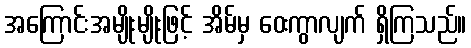
အကြောင်းအမျိုးမျိုးဖြင့် အိမ်မှ ဝေးကွာလျက် ရှိကြသည်။